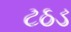
ટઠડ